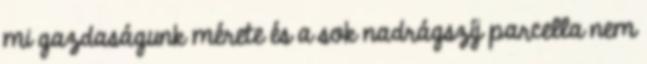
mi gazdaságunk mérete és a sok nadrágszíj parcella nem